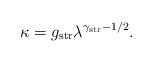
LaTeX: \begin{align*}\kappa = g_{\rm str}\lambda^{\gamma_{\rm str}-1/2}.\end{align*}